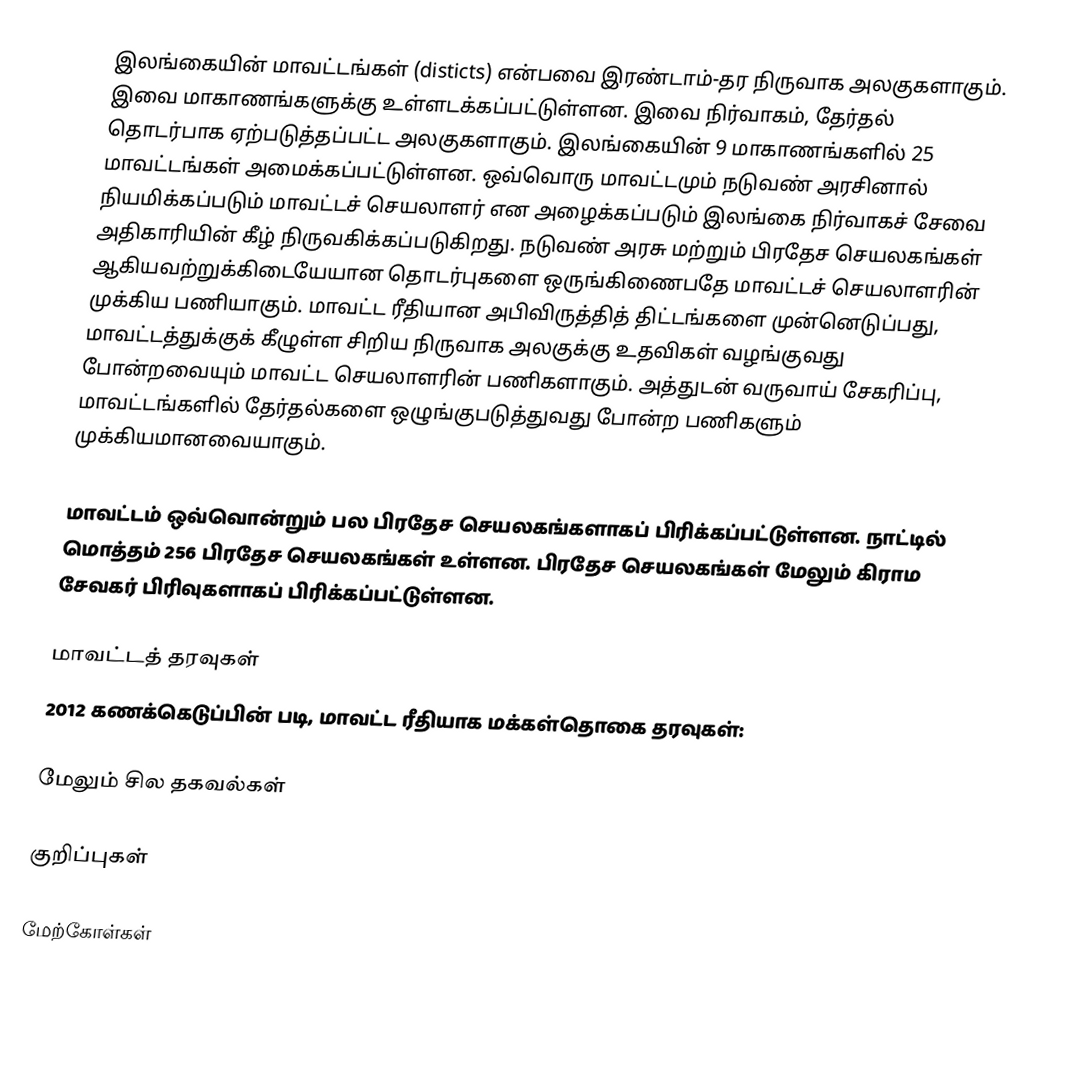
இலங்கையின் மாவட்டங்கள் (disticts) என்பவை இரண்டாம்-தர நிருவாக அலகுகளாகும். இவை மாகாணங்களுக்கு உள்ளடக்கப்பட்டுள்ளன. இவை நிர்வாகம், தேர்தல் தொடர்பாக ஏற்படுத்தப்பட்ட அலகுகளாகும். இலங்கையின் 9 மாகாணங்களில் 25 மாவட்டங்கள் அமைக்கப்பட்டுள்ளன. ஒவ்வொரு மாவட்டமும் நடுவண் அரசினால் நியமிக்கப்படும் மாவட்டச் செயலாளர் என அழைக்கப்படும் இலங்கை நிர்வாகச் சேவை அதிகாரியின் கீழ் நிருவகிக்கப்படுகிறது. நடுவண் அரசு மற்றும் பிரதேச செயலகங்கள் ஆகியவற்றுக்கிடையேயான தொடர்புகளை ஒருங்கிணைபதே மாவட்டச் செயலாளரின் முக்கிய பணியாகும். மாவட்ட ரீதியான அபிவிருத்தித் திட்டங்களை முன்னெடுப்பது, மாவட்டத்துக்குக் கீழுள்ள சிறிய நிருவாக அலகுக்கு உதவிகள் வழங்குவது போன்றவையும் மாவட்ட செயலாளரின் பணிகளாகும். அத்துடன் வருவாய் சேகரிப்பு, மாவட்டங்களில் தேர்தல்களை ஒழுங்குபடுத்துவது போன்ற பணிகளும் முக்கியமானவையாகும்.

மாவட்டம் ஒவ்வொன்றும் பல பிரதேச செயலகங்களாகப் பிரிக்கப்பட்டுள்ளன. நாட்டில் மொத்தம் 256 பிரதேச செயலகங்கள் உள்ளன. பிரதேச செயலகங்கள் மேலும் கிராம சேவகர் பிரிவுகளாகப் பிரிக்கப்பட்டுள்ளன.

மாவட்டத் தரவுகள்
2012 கணக்கெடுப்பின் படி, மாவட்ட ரீதியாக மக்கள்தொகை தரவுகள்:

மேலும் சில தகவல்கள்

குறிப்புகள்

மேற்கோள்கள்